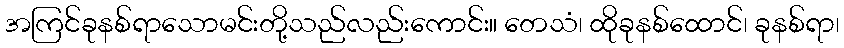
အကြင်ခုနစ်ရာသောမင်းတို့သည်လည်းကောင်း။ တေသံ၊ ထိုခုနစ်ထောင်၊ ခုနစ်ရာ၊